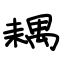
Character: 耦